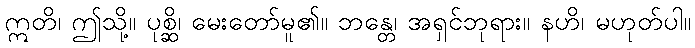
ဣတိ၊ ဤသို့။ ပုစ္ဆိ၊ မေးတော်မူ၏။ ဘန္တေ၊ အရှင်ဘုရား။ နဟိ၊ မဟုတ်ပါ။